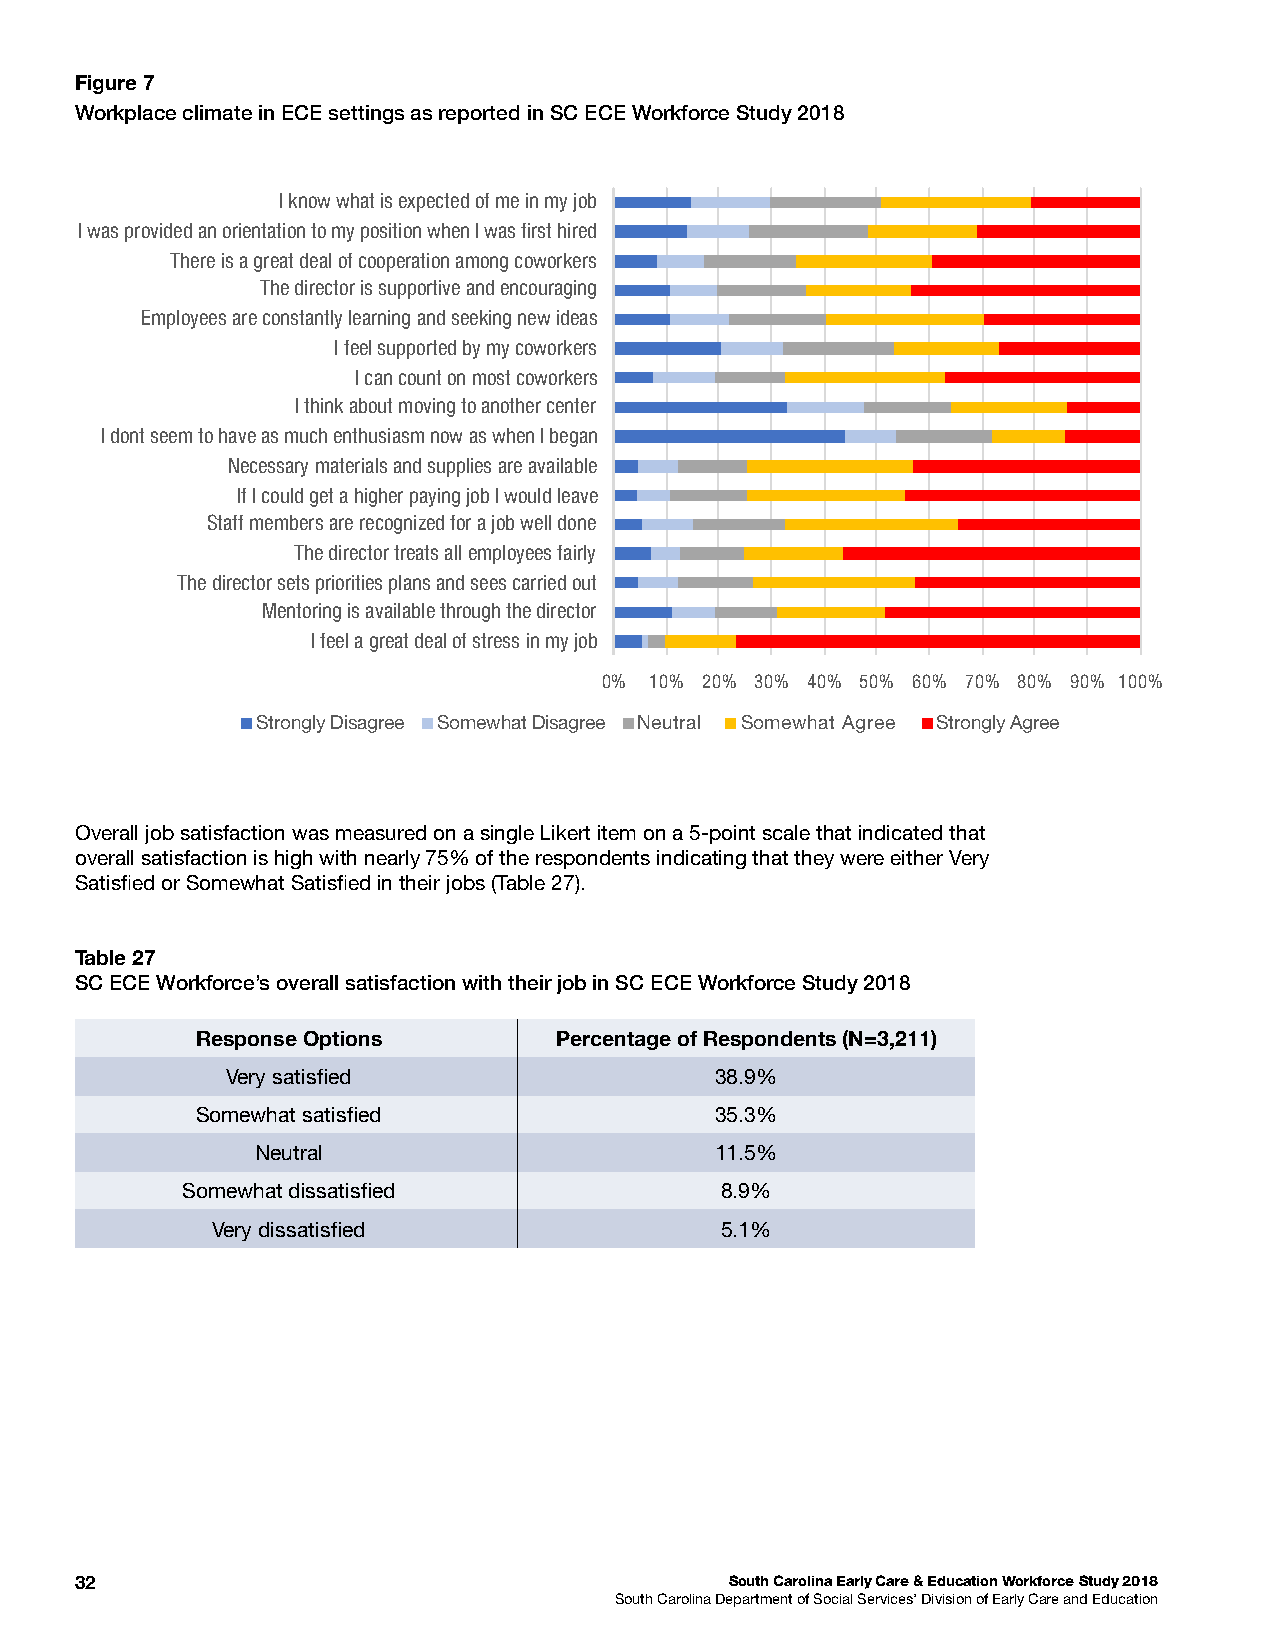
Figure 7
 Workplace climate in ECE settings as reported in SC ECE Workforce Study 2018
 I know what is expected of me in my job
 I was provided an orientation to my position when I was ÿrst hired
 There is a great deal of cooperation among coworkers
 The director is supportive and encouraging
 Employees are constantly learning and seeking new ideas
 I feel supported by my coworkers
 I can count on most coworkers
 I think about moving to another center
 I dont seem to have as much enthusiasm now as when I began
 Necessary materials and supplies are available
 If I could get a higher paying job I would leave
 Staff members are recognized for a job well done
 The director treats all employees fairly
 The director sets priorities plans and sees carried out
 Mentoring is available through the director
 I feel a great deal of stress in my job
 0% 10% 20% 30% 40% 50% 60% 70% 80% 90% 100%
 Strongly Disagree Somewhat Disagree Neutral Somewhat Agree Strongly Agree
 Overall job satisfaction was measured on a single Likert item on a 5-point scale that indicated that
 overall satisfaction is high with nearly 75% of the respondents indicating that they were either Very
 Satisfed or Somewhat Satisfed in their jobs (Table 27).
 Table 27
 SC ECE Workforce’s overall satisfaction with their job in SC ECE Workforce Study 2018
 Response Options        Percentage of Respondents (N=3,211)
 Very satisfed                   38.9%
 Somewhat satisfed                 35.3%
 Neutral                       11.5%
 Somewhat dissatisfed                8.9%
 Very dissatisfed                  5.1%
 32                                         South Carolina Early Care & Education Workforce Study 2018
 South Carolina Department of Social Services’ Division of Early Care and Education